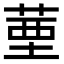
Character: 䓰